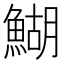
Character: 鰗